Document type: payment_order
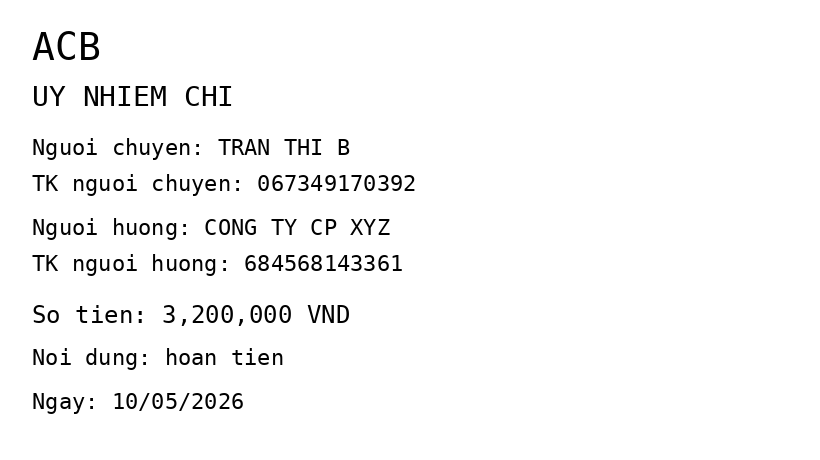
OCR transcript:
ACB
UY NHIEM CHI
Nguoi chuyen: TRAN THI B
TK nguoi chuyen: 067349170392
Nguoi huong: CONG TY CP XYZ
TK nguoi huong: 684568143361
So tien: 3,200,000 VND
Noi dung: hoan tien
Ngay: 10/05/2026
Extracted fields:
bank_name: acb
sender_name: tran thi b
sender_account: 067349170392
beneficiary_name: cong ty cp xyz
beneficiary_account: 684568143361
amount: 3200000
content: hoan tien
date: 2026-05-10